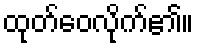
ထုတ်ဝေလိုက်၏။